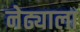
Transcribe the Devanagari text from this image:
नेढ्याला